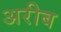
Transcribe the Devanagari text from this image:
अरीब